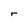
Character: r